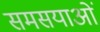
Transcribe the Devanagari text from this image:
समसयाओं